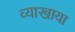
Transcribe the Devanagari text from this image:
व्याखाया